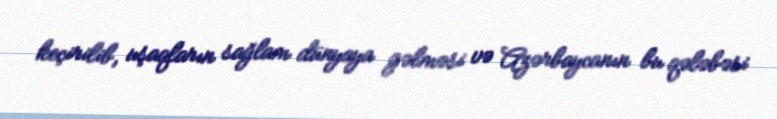
keçirilib, uşaqların sağlam dünyaya gəlməsi və Azərbaycanın bu qələbəsi